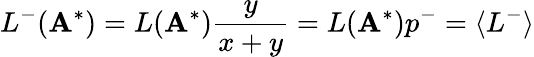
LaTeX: L^{-}(\mathbf{A}^{*})=L(\mathbf{A}^{*})\frac{y}{x+y}=L(\mathbf{A}^{*})p^{-}=\langle L^{-}\rangle